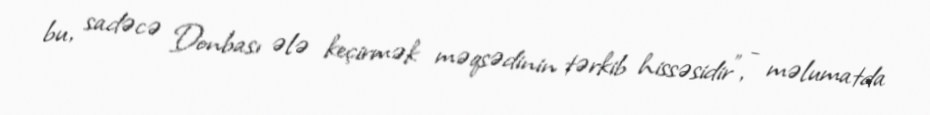
bu, sadəcə Donbası ələ keçirmək məqsədinin tərkib hissəsidir”, - məlumatda